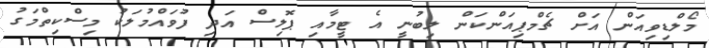
މޯލްޑިވިއަން އަށް ޗެމްޕިއަންކަން ލިބުނީ އެ ޓީމާއި ޕޮލިސް އަދި ފުވައްމުލަކު މިސްކިތްމަގު